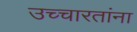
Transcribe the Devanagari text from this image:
उच्चारतांना